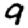
Digit: 9